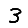
Digit: 3